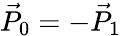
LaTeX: \vec{P}_{0}=-\vec{P}_{1}